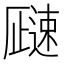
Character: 𬩓